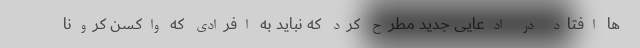
ها افتاد در ادعایی جدید مطرح کرد که نباید به افرادی که واکسن کرونا